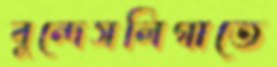
বুন্দেসলিগাতে